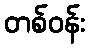
တစ်ဝန်း